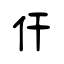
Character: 仠